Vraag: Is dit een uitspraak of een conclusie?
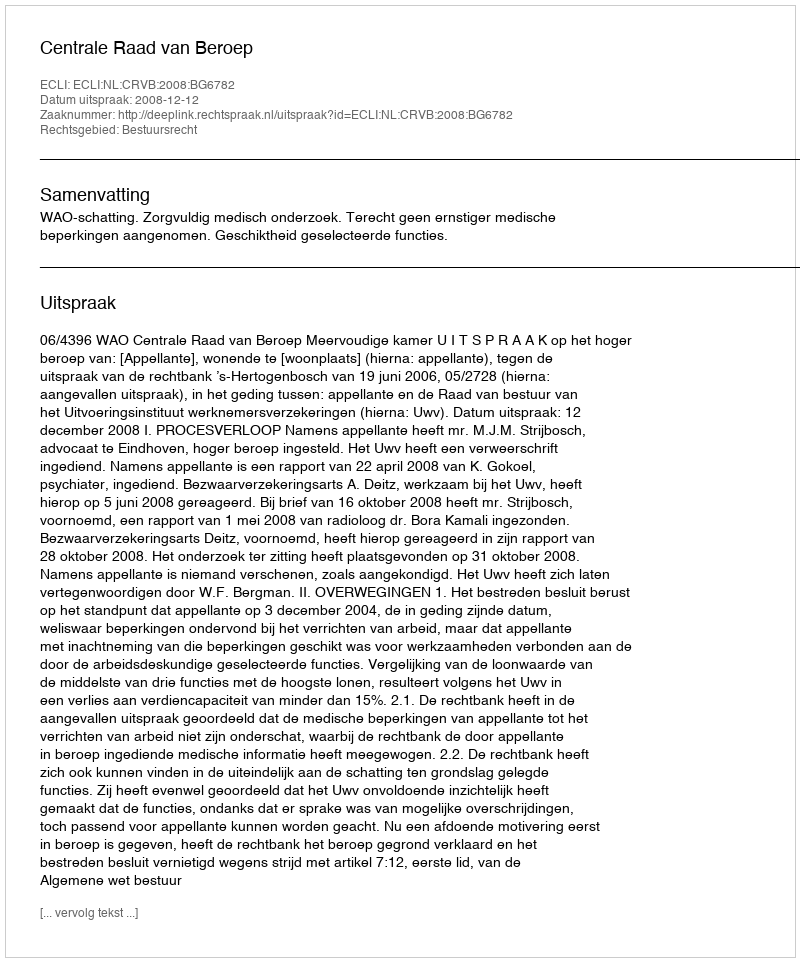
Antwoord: Uitspraak